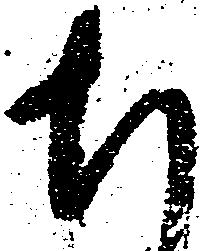
ち